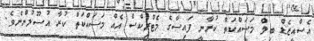
އެސްއީޒެޑް ބިލް މަސައްކަތް ކުރާނީ ފައިސާގެ މެޓްރިކްސް އެއް މަސައްކަތް ކުރާ އުސޫލުންނެވެ.